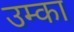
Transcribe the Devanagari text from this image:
उम्का